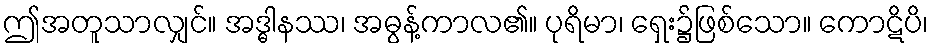
ဤအတူသာလျှင်။ အဒ္ဓါနဿ၊ အဓွန့်ကာလ၏။ ပုရိမာ၊ ရှေး၌ဖြစ်သော။ ကောဋိပိ၊